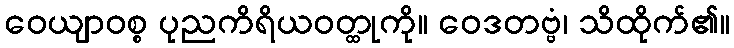
ဝေယျာဝစ္စ ပုညကိရိယဝတ္ထုကို။ ဝေဒတဗ္ဗံ၊ သိထိုက်၏။